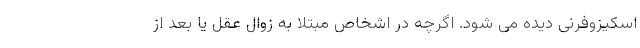
اسکیزوفرنی دیده می شود. اگرچه در اشخاص مبتلا به زوال عقل یا بعد از